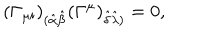
LaTeX: ( \Gamma _ { \mu i } ) _ { ( \hat { \alpha } \hat { \beta } } ( \Gamma ^ { \mu } ) _ { \hat { \delta } \hat { \lambda } ) } = 0 ,